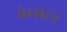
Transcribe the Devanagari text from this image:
बेब्सटर